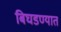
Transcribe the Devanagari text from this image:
बिघडण्यात